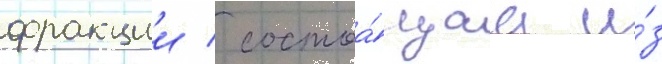
фракции / состоа́щаа и́з